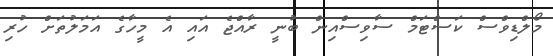
މޯލްޑިވްސް ކަސްޓަމް ސާވިސްއިން ބުނީ ރާއްޖެ އައި އެ މީހާގެ އަމަލުތަށް ހުރި